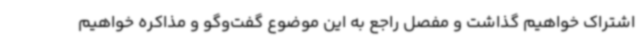
اشتراک خواهیم گذاشت و مفصل راجع به این موضوع گفت‌وگو و مذاکره خواهیم